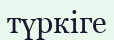
түркіге